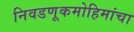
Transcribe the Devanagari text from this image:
निवडणूकमोहिमांचा